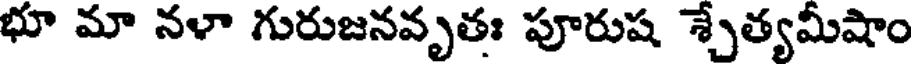
భూ మా నళా గురుజనవృతః పూరుష శ్చేత్యమీషాం